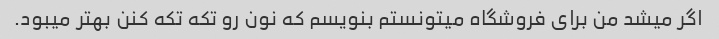
اگر میشد من برای فروشگاه میتونستم بنویسم که نون رو تکه تکه کنن بهتر میبود.